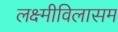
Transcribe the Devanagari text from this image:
लक्ष्मीविलासम